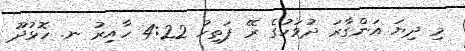
މި ދިޔަ އަންގާރަ ދުވަހުގެ ރޭ ފަތިހު 4:22 ހާއިރު ނ. ހޮޅުދޫ